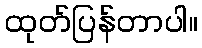
ထုတ်ပြန်တာပါ။